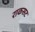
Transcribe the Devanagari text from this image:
राकसट